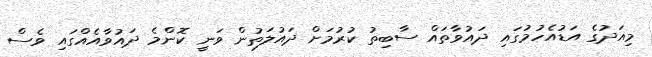
މިއަދުގެ އަޑުއެހުމުގައި ދައުވާތައް ސާބިތު ކުރުމަށް ދައުލަތުން ވަނީ ކޮންމެ ދައުވާއެއްގައި ވެސް